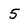
Character: 5